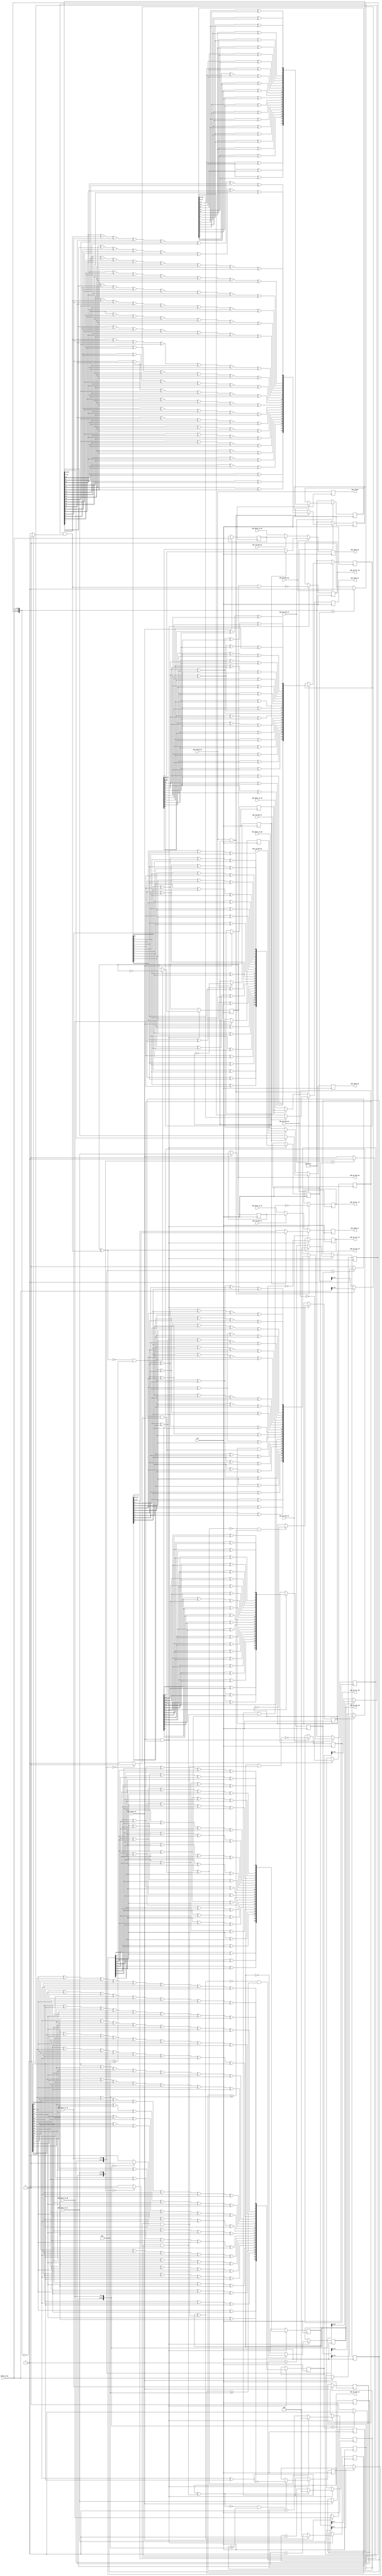
// ***************************************************************************
// ***************************************************************************
// Copyright 2011(c) Analog Devices, Inc.
// 
// All rights reserved.
// 
// Redistribution and use in source and binary forms, with or without modification,
// are permitted provided that the following conditions are met:
//     - Redistributions of source code must retain the above copyright
//       notice, this list of conditions and the following disclaimer.
//     - Redistributions in binary form must reproduce the above copyright
//       notice, this list of conditions and the following disclaimer in
//       the documentation and/or other materials provided with the
//       distribution.
//     - Neither the name of Analog Devices, Inc. nor the names of its
//       contributors may be used to endorse or promote products derived
//       from this software without specific prior written permission.
//     - The use of this software may or may not infringe the patent rights
//       of one or more patent holders.  This license does not release you
//       from the requirement that you obtain separate licenses from these
//       patent holders to use this software.
//     - Use of the software either in source or binary form, must be run
//       on or directly connected to an Analog Devices Inc. component.
//    
// THIS SOFTWARE IS PROVIDED BY ANALOG DEVICES "AS IS" AND ANY EXPRESS OR IMPLIED WARRANTIES,
// INCLUDING, BUT NOT LIMITED TO, NON-INFRINGEMENT, MERCHANTABILITY AND FITNESS FOR A
// PARTICULAR PURPOSE ARE DISCLAIMED.
//
// IN NO EVENT SHALL ANALOG DEVICES BE LIABLE FOR ANY DIRECT, INDIRECT, INCIDENTAL, SPECIAL,
// EXEMPLARY, OR CONSEQUENTIAL DAMAGES (INCLUDING, BUT NOT LIMITED TO, INTELLECTUAL PROPERTY
// RIGHTS, PROCUREMENT OF SUBSTITUTE GOODS OR SERVICES; LOSS OF USE, DATA, OR PROFITS; OR 
// BUSINESS INTERRUPTION) HOWEVER CAUSED AND ON ANY THEORY OF LIABILITY, WHETHER IN CONTRACT,
// STRICT LIABILITY, OR TORT (INCLUDING NEGLIGENCE OR OTHERWISE) ARISING IN ANY WAY OUT OF 
// THE USE OF THIS SOFTWARE, EVEN IF ADVISED OF THE POSSIBILITY OF SUCH DAMAGE.
// ***************************************************************************
// ***************************************************************************
// ***************************************************************************
// ***************************************************************************
// This interface includes both the transmit and receive components -
// They both uses the same clock (sourced from the receiving side).

`timescale 1ns/100ps

module axi_ad9361_pnlb (

  // device interface

  clk,
  adc_valid_in,
  adc_data_in_i1,
  adc_data_in_q1,
  adc_data_in_i2,
  adc_data_in_q2,
  dac_valid_in,
  dac_data_in_i1,
  dac_data_in_q1,
  dac_data_in_i2,
  dac_data_in_q2,

  // dac outputs

  dac_valid,
  dac_data_i1,
  dac_data_q1,
  dac_data_i2,
  dac_data_q2,

  // control signals

  dac_lb_enb_i1,
  dac_pn_enb_i1,
  dac_lb_enb_q1,
  dac_pn_enb_q1,
  dac_lb_enb_i2,
  dac_pn_enb_i2,
  dac_lb_enb_q2,
  dac_pn_enb_q2,

  // status signals

  adc_pn_oos_i1,
  adc_pn_err_i1,
  adc_pn_oos_q1,
  adc_pn_err_q1,
  adc_pn_oos_i2,
  adc_pn_err_i2,
  adc_pn_oos_q2,
  adc_pn_err_q2);

  // device interface

  input           clk;
  input           adc_valid_in;
  input   [11:0]  adc_data_in_i1;
  input   [11:0]  adc_data_in_q1;
  input   [11:0]  adc_data_in_i2;
  input   [11:0]  adc_data_in_q2;
  input           dac_valid_in;
  input   [11:0]  dac_data_in_i1;
  input   [11:0]  dac_data_in_q1;
  input   [11:0]  dac_data_in_i2;
  input   [11:0]  dac_data_in_q2;

  // dac outputs

  output          dac_valid;
  output  [11:0]  dac_data_i1;
  output  [11:0]  dac_data_q1;
  output  [11:0]  dac_data_i2;
  output  [11:0]  dac_data_q2;

  // control signals

  input           dac_lb_enb_i1;
  input           dac_pn_enb_i1;
  input           dac_lb_enb_q1;
  input           dac_pn_enb_q1;
  input           dac_lb_enb_i2;
  input           dac_pn_enb_i2;
  input           dac_lb_enb_q2;
  input           dac_pn_enb_q2;

  // status signals

  output          adc_pn_oos_i1;
  output          adc_pn_err_i1;
  output          adc_pn_oos_q1;
  output          adc_pn_err_q1;
  output          adc_pn_oos_i2;
  output          adc_pn_err_i2;
  output          adc_pn_oos_q2;
  output          adc_pn_err_q2;

  // internal registers

  reg             dac_valid_t = 'd0;
  reg     [23:0]  dac_pn_i1 = 'd0;
  reg     [23:0]  dac_pn_q1 = 'd0;
  reg     [23:0]  dac_pn_i2 = 'd0;
  reg     [23:0]  dac_pn_q2 = 'd0;
  reg     [11:0]  dac_lb_i1 = 'd0;
  reg     [11:0]  dac_lb_q1 = 'd0;
  reg     [11:0]  dac_lb_i2 = 'd0;
  reg     [11:0]  dac_lb_q2 = 'd0;
  reg             dac_valid = 'd0;
  reg     [11:0]  dac_data_i1 = 'd0;
  reg     [11:0]  dac_data_q1 = 'd0;
  reg     [11:0]  dac_data_i2 = 'd0;
  reg     [11:0]  dac_data_q2 = 'd0;
  reg             adc_valid_t = 'd0;
  reg     [11:0]  adc_data_in_i1_d = 'd0;
  reg     [11:0]  adc_data_in_q1_d = 'd0;
  reg     [11:0]  adc_data_in_i2_d = 'd0;
  reg     [11:0]  adc_data_in_q2_d = 'd0;
  reg     [23:0]  adc_pn_data_i1 = 'd0;
  reg     [23:0]  adc_pn_data_q1 = 'd0;
  reg     [23:0]  adc_pn_data_i2 = 'd0;
  reg     [23:0]  adc_pn_data_q2 = 'd0;
  reg             adc_pn_err_i1 = 'd0;
  reg             adc_pn_oos_i1 = 'd0;
  reg     [ 3:0]  adc_pn_oos_count_i1 = 'd0;
  reg             adc_pn_err_q1 = 'd0;
  reg             adc_pn_oos_q1 = 'd0;
  reg     [ 3:0]  adc_pn_oos_count_q1 = 'd0;
  reg             adc_pn_err_i2 = 'd0;
  reg             adc_pn_oos_i2 = 'd0;
  reg     [ 3:0]  adc_pn_oos_count_i2 = 'd0;
  reg             adc_pn_err_q2 = 'd0;
  reg             adc_pn_oos_q2 = 'd0;
  reg     [ 3:0]  adc_pn_oos_count_q2 = 'd0;

  // internal signals

  wire            dac_valid_t_s;
  wire            adc_valid_t_s;
  wire    [23:0]  adc_data_in_i1_s;
  wire            adc_pn_err_i1_s;
  wire            adc_pn_update_i1_s;
  wire            adc_pn_match_i1_s;
  wire            adc_pn_match_i1_z_s;
  wire            adc_pn_match_i1_d_s;
  wire    [23:0]  adc_pn_data_i1_s;
  wire    [23:0]  adc_data_in_q1_s;
  wire            adc_pn_err_q1_s;
  wire            adc_pn_update_q1_s;
  wire            adc_pn_match_q1_s;
  wire            adc_pn_match_q1_z_s;
  wire            adc_pn_match_q1_d_s;
  wire    [23:0]  adc_pn_data_q1_s;
  wire    [23:0]  adc_data_in_i2_s;
  wire            adc_pn_err_i2_s;
  wire            adc_pn_update_i2_s;
  wire            adc_pn_match_i2_s;
  wire            adc_pn_match_i2_z_s;
  wire            adc_pn_match_i2_d_s;
  wire    [23:0]  adc_pn_data_i2_s;
  wire    [23:0]  adc_data_in_q2_s;
  wire            adc_pn_err_q2_s;
  wire            adc_pn_update_q2_s;
  wire            adc_pn_match_q2_s;
  wire            adc_pn_match_q2_z_s;
  wire            adc_pn_match_q2_d_s;
  wire    [23:0]  adc_pn_data_q2_s;

  // prbs-9 function

  function [23:0] pn09;
    input [23:0] din;
    reg   [23:0] dout;
    begin
      dout[23] = din[ 8] ^ din[ 4];
      dout[22] = din[ 7] ^ din[ 3];
      dout[21] = din[ 6] ^ din[ 2];
      dout[20] = din[ 5] ^ din[ 1];
      dout[19] = din[ 4] ^ din[ 0];
      dout[18] = din[ 3] ^ din[ 8] ^ din[ 4];
      dout[17] = din[ 2] ^ din[ 7] ^ din[ 3];
      dout[16] = din[ 1] ^ din[ 6] ^ din[ 2];
      dout[15] = din[ 0] ^ din[ 5] ^ din[ 1];
      dout[14] = din[ 8] ^ din[ 0];
      dout[13] = din[ 7] ^ din[ 8] ^ din[ 4];
      dout[12] = din[ 6] ^ din[ 7] ^ din[ 3];
      dout[11] = din[ 5] ^ din[ 6] ^ din[ 2];
      dout[10] = din[ 4] ^ din[ 5] ^ din[ 1];
      dout[ 9] = din[ 3] ^ din[ 4] ^ din[ 0];
      dout[ 8] = din[ 2] ^ din[ 3] ^ din[ 8] ^ din[ 4];
      dout[ 7] = din[ 1] ^ din[ 2] ^ din[ 7] ^ din[ 3];
      dout[ 6] = din[ 0] ^ din[ 1] ^ din[ 6] ^ din[ 2];
      dout[ 5] = din[ 8] ^ din[ 0] ^ din[ 4] ^ din[ 5] ^ din[ 1];
      dout[ 4] = din[ 7] ^ din[ 8] ^ din[ 3] ^ din[ 0];
      dout[ 3] = din[ 6] ^ din[ 7] ^ din[ 2] ^ din[ 8] ^ din[ 4];
      dout[ 2] = din[ 5] ^ din[ 6] ^ din[ 1] ^ din[ 7] ^ din[ 3];
      dout[ 1] = din[ 4] ^ din[ 5] ^ din[ 0] ^ din[ 6] ^ din[ 2];
      dout[ 0] = din[ 3] ^ din[ 8] ^ din[ 5] ^ din[ 1];
      pn09 = dout;
    end
  endfunction

  // prbs-11 function

  function [23:0] pn11;
    input [23:0] din;
    reg   [23:0] dout;
    begin
      dout[23] = din[10] ^ din[ 8];
      dout[22] = din[ 9] ^ din[ 7];
      dout[21] = din[ 8] ^ din[ 6];
      dout[20] = din[ 7] ^ din[ 5];
      dout[19] = din[ 6] ^ din[ 4];
      dout[18] = din[ 5] ^ din[ 3];
      dout[17] = din[ 4] ^ din[ 2];
      dout[16] = din[ 3] ^ din[ 1];
      dout[15] = din[ 2] ^ din[ 0];
      dout[14] = din[ 1] ^ din[10] ^ din[ 8];
      dout[13] = din[ 0] ^ din[ 9] ^ din[ 7];
      dout[12] = din[10] ^ din[ 6];
      dout[11] = din[ 9] ^ din[ 5];
      dout[10] = din[ 8] ^ din[ 4];
      dout[ 9] = din[ 7] ^ din[ 3];
      dout[ 8] = din[ 6] ^ din[ 2];
      dout[ 7] = din[ 5] ^ din[ 1];
      dout[ 6] = din[ 4] ^ din[ 0];
      dout[ 5] = din[ 3] ^ din[10] ^ din[ 8];
      dout[ 4] = din[ 2] ^ din[ 9] ^ din[ 7];
      dout[ 3] = din[ 1] ^ din[ 8] ^ din[ 6];
      dout[ 2] = din[ 0] ^ din[ 7] ^ din[ 5];
      dout[ 1] = din[10] ^ din[ 6] ^ din[ 8] ^ din[ 4];
      dout[ 0] = din[ 9] ^ din[ 5] ^ din[ 7] ^ din[ 3];
      pn11 = dout;
    end
  endfunction

  // prbs-15 function

  function [23:0] pn15;
    input [23:0] din;
    reg   [23:0] dout;
    begin
      dout[23] = din[14] ^ din[13];
      dout[22] = din[13] ^ din[12];
      dout[21] = din[12] ^ din[11];
      dout[20] = din[11] ^ din[10];
      dout[19] = din[10] ^ din[ 9];
      dout[18] = din[ 9] ^ din[ 8];
      dout[17] = din[ 8] ^ din[ 7];
      dout[16] = din[ 7] ^ din[ 6];
      dout[15] = din[ 6] ^ din[ 5];
      dout[14] = din[ 5] ^ din[ 4];
      dout[13] = din[ 4] ^ din[ 3];
      dout[12] = din[ 3] ^ din[ 2];
      dout[11] = din[ 2] ^ din[ 1];
      dout[10] = din[ 1] ^ din[ 0];
      dout[ 9] = din[ 0] ^ din[14] ^ din[13];
      dout[ 8] = din[14] ^ din[12];
      dout[ 7] = din[13] ^ din[11];
      dout[ 6] = din[12] ^ din[10];
      dout[ 5] = din[11] ^ din[ 9];
      dout[ 4] = din[10] ^ din[ 8];
      dout[ 3] = din[ 9] ^ din[ 7];
      dout[ 2] = din[ 8] ^ din[ 6];
      dout[ 1] = din[ 7] ^ din[ 5];
      dout[ 0] = din[ 6] ^ din[ 4];
      pn15 = dout;
    end
  endfunction

  // prbs-20 function

  function [23:0] pn20;
    input [23:0] din;
    reg   [23:0] dout;
    begin
      dout[23] = din[19] ^ din[ 2];
      dout[22] = din[18] ^ din[ 1];
      dout[21] = din[17] ^ din[ 0];
      dout[20] = din[16] ^ din[19] ^ din[ 2];
      dout[19] = din[15] ^ din[18] ^ din[ 1];
      dout[18] = din[14] ^ din[17] ^ din[ 0];
      dout[17] = din[13] ^ din[16] ^ din[19] ^ din[ 2];
      dout[16] = din[12] ^ din[15] ^ din[18] ^ din[ 1];
      dout[15] = din[11] ^ din[14] ^ din[17] ^ din[ 0];
      dout[14] = din[10] ^ din[13] ^ din[16] ^ din[19] ^ din[ 2];
      dout[13] = din[ 9] ^ din[12] ^ din[15] ^ din[18] ^ din[ 1];
      dout[12] = din[ 8] ^ din[11] ^ din[14] ^ din[17] ^ din[ 0];
      dout[11] = din[ 7] ^ din[10] ^ din[13] ^ din[16] ^ din[19] ^ din[ 2];
      dout[10] = din[ 6] ^ din[ 9] ^ din[12] ^ din[15] ^ din[18] ^ din[ 1];
      dout[ 9] = din[ 5] ^ din[ 8] ^ din[11] ^ din[14] ^ din[17] ^ din[ 0];
      dout[ 8] = din[ 4] ^ din[ 7] ^ din[10] ^ din[13] ^ din[16] ^ din[19] ^ din[ 2];
      dout[ 7] = din[ 3] ^ din[ 6] ^ din[ 9] ^ din[12] ^ din[15] ^ din[18] ^ din[ 1];
      dout[ 6] = din[ 2] ^ din[ 5] ^ din[ 8] ^ din[11] ^ din[14] ^ din[17] ^ din[ 0];
      dout[ 5] = din[ 1] ^ din[ 4] ^ din[ 7] ^ din[10] ^ din[13] ^ din[16] ^ din[19] ^ din[ 2];
      dout[ 4] = din[ 0] ^ din[ 3] ^ din[ 6] ^ din[ 9] ^ din[12] ^ din[15] ^ din[18] ^ din[ 1];
      dout[ 3] = din[19] ^ din[ 5] ^ din[ 8] ^ din[11] ^ din[14] ^ din[17] ^ din[ 0];
      dout[ 2] = din[18] ^ din[ 4] ^ din[ 7] ^ din[10] ^ din[13] ^ din[16] ^ din[19] ^ din[ 2];
      dout[ 1] = din[17] ^ din[ 3] ^ din[ 6] ^ din[ 9] ^ din[12] ^ din[15] ^ din[18] ^ din[ 1];
      dout[ 0] = din[16] ^ din[ 2] ^ din[ 5] ^ din[ 8] ^ din[11] ^ din[14] ^ din[17] ^ din[ 0];
      pn20 = dout;
    end
  endfunction

  // prbs generators run at 24bits wide

  assign dac_valid_t_s = dac_valid_in & dac_valid_t;

  always @(posedge clk) begin
    if (dac_valid_in == 1'b1) begin
      dac_valid_t <= ~dac_valid_t;
    end
    if (dac_pn_enb_i1 == 1'b0) begin
      dac_pn_i1 <= 24'hffffff;
    end else if (dac_valid_t_s == 1'b1) begin
      dac_pn_i1 <= pn09(dac_pn_i1);
    end
    if (dac_pn_enb_q1 == 1'b0) begin
      dac_pn_q1 <= 24'hffffff;
    end else if (dac_valid_t_s == 1'b1) begin
      dac_pn_q1 <= pn11(dac_pn_q1);
    end
    if (dac_pn_enb_i2 == 1'b0) begin
      dac_pn_i2 <= 24'hffffff;
    end else if (dac_valid_t_s == 1'b1) begin
      dac_pn_i2 <= pn15(dac_pn_i2);
    end
    if (dac_pn_enb_q2 == 1'b0) begin
      dac_pn_q2 <= 24'hffffff;
    end else if (dac_valid_t_s == 1'b1) begin
      dac_pn_q2 <= pn20(dac_pn_q2);
    end
  end

  // hold adc data for loopback, it is assumed that there is a one to one mapping
  // of receive and transmit (the rates are the same).

  always @(posedge clk) begin
    if (adc_valid_in == 1'b1) begin
      dac_lb_i1 <= adc_data_in_i1;
      dac_lb_q1 <= adc_data_in_q1;
      dac_lb_i2 <= adc_data_in_i2;
      dac_lb_q2 <= adc_data_in_q2;
    end
  end

  // dac outputs-

  always @(posedge clk) begin
    dac_valid <= dac_valid_in;
    if (dac_pn_enb_i1 == 1'b1) begin
      if (dac_valid_t == 1'b1) begin
        dac_data_i1 <= dac_pn_i1[11:0];
      end else begin
        dac_data_i1 <= dac_pn_i1[23:12];
      end
    end else if (dac_lb_enb_i1 == 1'b1) begin
      dac_data_i1 <= dac_lb_i1;
    end else begin
      dac_data_i1 <= dac_data_in_i1;
    end
    if (dac_pn_enb_q1 == 1'b1) begin
      if (dac_valid_t == 1'b1) begin
        dac_data_q1 <= dac_pn_q1[11:0];
      end else begin
        dac_data_q1 <= dac_pn_q1[23:12];
      end
    end else if (dac_lb_enb_q1 == 1'b1) begin
      dac_data_q1 <= dac_lb_q1;
    end else begin
      dac_data_q1 <= dac_data_in_q1;
    end
    if (dac_pn_enb_i2 == 1'b1) begin
      if (dac_valid_t == 1'b1) begin
        dac_data_i2 <= dac_pn_i2[11:0];
      end else begin
        dac_data_i2 <= dac_pn_i2[23:12];
      end
    end else if (dac_lb_enb_i2 == 1'b1) begin
      dac_data_i2 <= dac_lb_i2;
    end else begin
      dac_data_i2 <= dac_data_in_i2;
    end
    if (dac_pn_enb_q2 == 1'b1) begin
      if (dac_valid_t == 1'b1) begin
        dac_data_q2 <= dac_pn_q2[11:0];
      end else begin
        dac_data_q2 <= dac_pn_q2[23:12];
      end
    end else if (dac_lb_enb_q2 == 1'b1) begin
      dac_data_q2 <= dac_lb_q2;
    end else begin
      dac_data_q2 <= dac_data_in_q2;
    end
  end

  // adc pn monitoring

  assign adc_valid_t_s = adc_valid_in & adc_valid_t;

  assign adc_data_in_i1_s = {adc_data_in_i1_d, adc_data_in_i1};
  assign adc_pn_err_i1_s = ~(adc_pn_oos_i1 | adc_pn_match_i1_s);
  assign adc_pn_update_i1_s = ~(adc_pn_oos_i1 ^ adc_pn_match_i1_s);
  assign adc_pn_match_i1_s = adc_pn_match_i1_d_s & adc_pn_match_i1_z_s;
  assign adc_pn_match_i1_z_s = (adc_data_in_i1_s == 24'd0) ? 1'b0 : 1'b1;
  assign adc_pn_match_i1_d_s = (adc_data_in_i1_s == adc_pn_data_i1) ? 1'b1 : 1'b0;
  assign adc_pn_data_i1_s = (adc_pn_oos_i1 == 1'b1) ? adc_data_in_i1_s : adc_pn_data_i1;

  assign adc_data_in_q1_s = {adc_data_in_q1_d, adc_data_in_q1};
  assign adc_pn_err_q1_s = ~(adc_pn_oos_q1 | adc_pn_match_q1_s);
  assign adc_pn_update_q1_s = ~(adc_pn_oos_q1 ^ adc_pn_match_q1_s);
  assign adc_pn_match_q1_s = adc_pn_match_q1_d_s & adc_pn_match_q1_z_s;
  assign adc_pn_match_q1_z_s = (adc_data_in_q1_s == 24'd0) ? 1'b0 : 1'b1;
  assign adc_pn_match_q1_d_s = (adc_data_in_q1_s == adc_pn_data_q1) ? 1'b1 : 1'b0;
  assign adc_pn_data_q1_s = (adc_pn_oos_q1 == 1'b1) ? adc_data_in_q1_s : adc_pn_data_q1;

  assign adc_data_in_i2_s = {adc_data_in_i2_d, adc_data_in_i2};
  assign adc_pn_err_i2_s = ~(adc_pn_oos_i2 | adc_pn_match_i2_s);
  assign adc_pn_update_i2_s = ~(adc_pn_oos_i2 ^ adc_pn_match_i2_s);
  assign adc_pn_match_i2_s = adc_pn_match_i2_d_s & adc_pn_match_i2_z_s;
  assign adc_pn_match_i2_z_s = (adc_data_in_i2_s == 24'd0) ? 1'b0 : 1'b1;
  assign adc_pn_match_i2_d_s = (adc_data_in_i2_s == adc_pn_data_i2) ? 1'b1 : 1'b0;
  assign adc_pn_data_i2_s = (adc_pn_oos_i2 == 1'b1) ? adc_data_in_i2_s : adc_pn_data_i2;

  assign adc_data_in_q2_s = {adc_data_in_q2_d, adc_data_in_q2};
  assign adc_pn_err_q2_s = ~(adc_pn_oos_q2 | adc_pn_match_q2_s);
  assign adc_pn_update_q2_s = ~(adc_pn_oos_q2 ^ adc_pn_match_q2_s);
  assign adc_pn_match_q2_s = adc_pn_match_q2_d_s & adc_pn_match_q2_z_s;
  assign adc_pn_match_q2_z_s = (adc_data_in_q2_s == 24'd0) ? 1'b0 : 1'b1;
  assign adc_pn_match_q2_d_s = (adc_data_in_q2_s == adc_pn_data_q2) ? 1'b1 : 1'b0;
  assign adc_pn_data_q2_s = (adc_pn_oos_q2 == 1'b1) ? adc_data_in_q2_s : adc_pn_data_q2;

  // adc pn running sequence

  always @(posedge clk) begin
    if (adc_valid_in == 1'b1) begin
      adc_valid_t <= ~adc_valid_t;
      adc_data_in_i1_d <= adc_data_in_i1;
      adc_data_in_q1_d <= adc_data_in_q1;
      adc_data_in_i2_d <= adc_data_in_i2;
      adc_data_in_q2_d <= adc_data_in_q2;
    end
    if (adc_valid_t_s == 1'b1) begin
      adc_pn_data_i1 <= pn09(adc_pn_data_i1_s);
      adc_pn_data_q1 <= pn11(adc_pn_data_q1_s);
      adc_pn_data_i2 <= pn15(adc_pn_data_i2_s);
      adc_pn_data_q2 <= pn20(adc_pn_data_q2_s);
    end
  end

  // pn oos and counters (16 to clear and set).

  always @(posedge clk) begin
    if (adc_valid_t_s == 1'b1) begin
      adc_pn_err_i1 <= adc_pn_err_i1_s;
      if ((adc_pn_update_i1_s == 1'b1) && (adc_pn_oos_count_i1 >= 15)) begin
        adc_pn_oos_i1 <= ~adc_pn_oos_i1;
      end
      if (adc_pn_update_i1_s == 1'b1) begin
        adc_pn_oos_count_i1 <= adc_pn_oos_count_i1 + 1'b1;
      end else begin
        adc_pn_oos_count_i1 <= 'd0;
      end
      adc_pn_err_q1 <= adc_pn_err_q1_s;
      if ((adc_pn_update_q1_s == 1'b1) && (adc_pn_oos_count_q1 >= 15)) begin
        adc_pn_oos_q1 <= ~adc_pn_oos_q1;
      end
      if (adc_pn_update_q1_s == 1'b1) begin
        adc_pn_oos_count_q1 <= adc_pn_oos_count_q1 + 1'b1;
      end else begin
        adc_pn_oos_count_q1 <= 'd0;
      end
      adc_pn_err_i2 <= adc_pn_err_i2_s;
      if ((adc_pn_update_i2_s == 1'b1) && (adc_pn_oos_count_i2 >= 15)) begin
        adc_pn_oos_i2 <= ~adc_pn_oos_i2;
      end
      if (adc_pn_update_i2_s == 1'b1) begin
        adc_pn_oos_count_i2 <= adc_pn_oos_count_i2 + 1'b1;
      end else begin
        adc_pn_oos_count_i2 <= 'd0;
      end
      adc_pn_err_q2 <= adc_pn_err_q2_s;
      if ((adc_pn_update_q2_s == 1'b1) && (adc_pn_oos_count_q2 >= 15)) begin
        adc_pn_oos_q2 <= ~adc_pn_oos_q2;
      end
      if (adc_pn_update_q2_s == 1'b1) begin
        adc_pn_oos_count_q2 <= adc_pn_oos_count_q2 + 1'b1;
      end else begin
        adc_pn_oos_count_q2 <= 'd0;
      end
    end
  end

endmodule

// ***************************************************************************
// ***************************************************************************